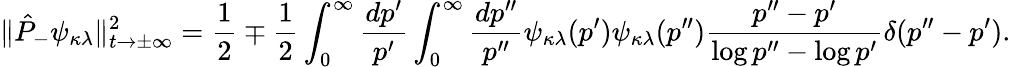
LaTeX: \| \hat{P}_{-}\psi_{\kappa\lambda}\| _{t\rightarrow\pm\infty}^{2}=\frac{1}{2}\mp\frac{1}{2}\int_{0}^{\infty}\frac{dp^{\prime}}{p^{\prime}}\int_{0}^{\infty}\frac{dp^{\prime\prime}}{p^{\prime\prime}}\psi_{\kappa\lambda}(p^{\prime})\psi_{\kappa\lambda}(p^{\prime\prime})\frac{p^{\prime\prime}-p^{\prime}}{\log p^{\prime\prime}-\log p^{\prime}}\delta(p^{\prime\prime}-p^{\prime}).